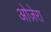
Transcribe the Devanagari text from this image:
ओज़ेरा